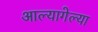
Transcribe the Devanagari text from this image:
आल्यागेल्या